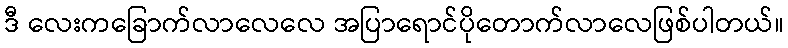
ဒီ လေးကခြောက်လာလေလေ အပြာရောင်ပိုတောက်လာလေဖြစ်ပါတယ်။